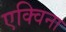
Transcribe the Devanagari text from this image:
एक्विना